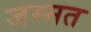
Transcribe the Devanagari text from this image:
जम्मत